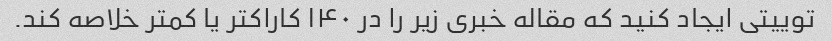
توییتی ایجاد کنید که مقاله خبری زیر را در ۱۴۰ کاراکتر یا کمتر خلاصه کند.